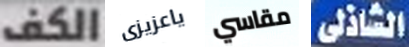
الكف ياعزيزى مقاسي الشاذلى